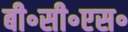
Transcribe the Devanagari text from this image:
बी॰सी॰एस॰